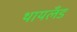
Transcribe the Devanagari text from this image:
थायलँड